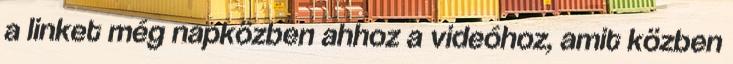
a linket még napközben ahhoz a videóhoz, amit közben